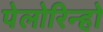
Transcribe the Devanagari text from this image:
पेलोरिन्हो